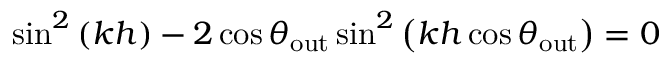
\begin{array} { r } { \sin ^ { 2 } \left( k h \right) - 2 \cos \theta _ { \mathrm { o u t } } \sin ^ { 2 } \left( k h \cos \theta _ { \mathrm { o u t } } \right) = 0 } \end{array}